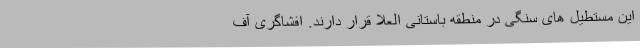
این مستطیل های سنگی در منطقه باستانی العلا قرار دارند. افشاگری آف